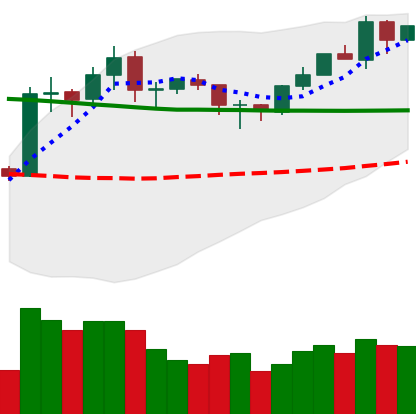
Ticker: ETH-USD
Chart end date: 2020-02-01
Forward return: 15.606%
Label: up_7plus